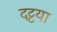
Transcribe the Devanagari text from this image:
दट्टया